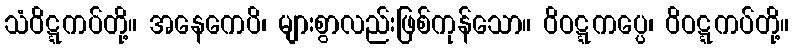
သံဝိဋ္ဋကပ်တို့။ အနေကေပိ၊ များစွာလည်းဖြစ်ကုန်သော။ ဝိဝဋ္ဋကပ္ပေ၊ ဝိဝဋ္ဋကပ်တို့။